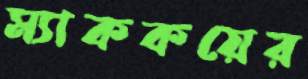
ম্যাককয়ের